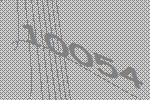
10054